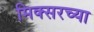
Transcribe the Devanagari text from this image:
मिक्सरच्या